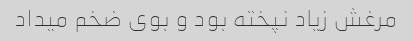
مرغش زیاد نپخته بود و بوی ضخم میداد